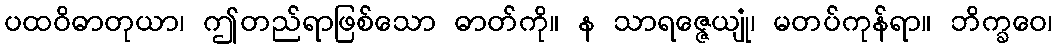
ပထဝိဓာတုယာ၊ ဤတည်ရာဖြစ်သော ဓာတ်ကို။ န သာရဇ္ဇေယျုံ၊ မတပ်ကုန်ရာ။ ဘိက္ခဝေ၊